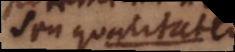
sunt qualitates